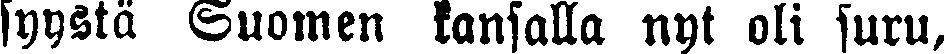
syystä Suomen kansalla nyt oli suru,